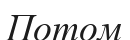
Потом